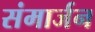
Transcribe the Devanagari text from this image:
संमार्जन